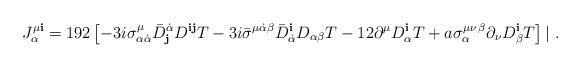
LaTeX: \begin{align*}J_\alpha^{\mu {\mathbf i}} = 192 \left[-3 i \sigma^\mu_{\alpha\dot\alpha} {\bar D}^{\dot\alpha}_{\mathbf j} D^{{\mathbf i}{\mathbf j}} T- 3 i{\bar\sigma}^{\mu\dot\alpha\beta} {\bar D}^{\mathbf i}_{\dot\alpha}D_{\alpha\beta} T- 12 \partial^\mu D^{\mathbf i}_\alpha T+ a \sigma_\alpha^{\mu\nu\,\beta} \partial_\nu D_\beta^{\mathbf i}T \right]| \ . \end{align*}